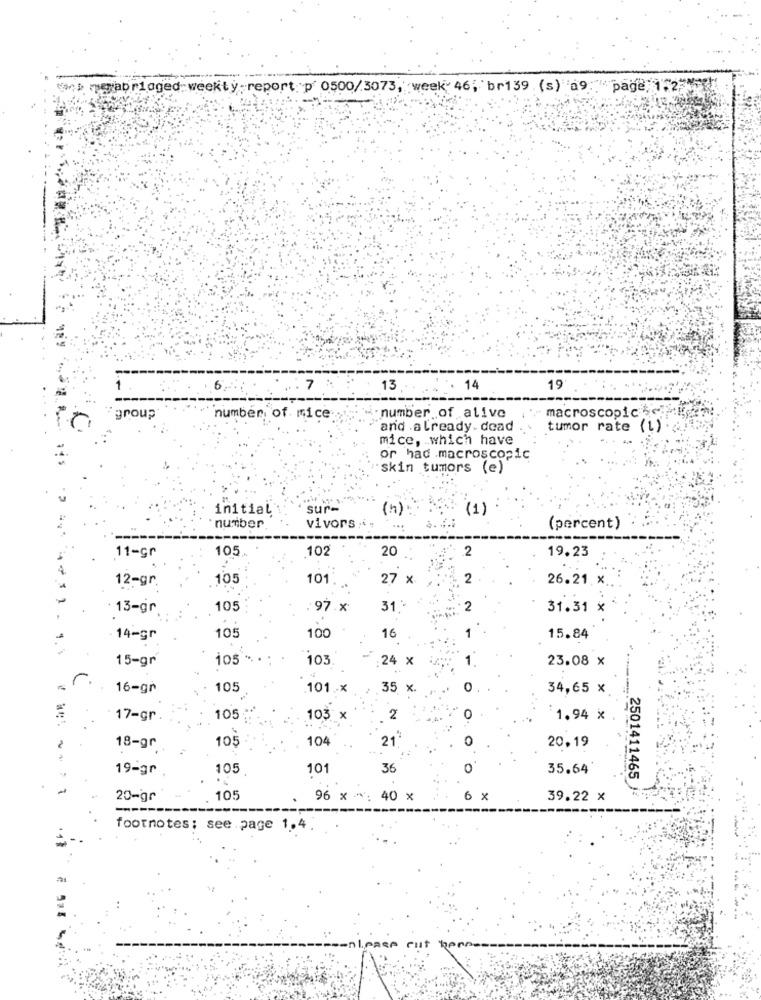
> merabridged weekty- report:"p 0500/3073, week- 46; br139 (s) a9: page 1'2;
6
7
13
14
19
wnumber of alive
macroscopic
group
number of mice
and .already . dead
tumor rate (1)
mice, which have
or had .macroscopic
skin tumors (e)
initial
sur-
(1)
number
vivors .i
(percent)
105.
102
20
2
19.23
11-gr
12-gr
105
101
27 x
2
26.21 x
13-gr
105
97.x
31
2
31.31 X
14-gr
105
100
16
15.84
15-gr
105
103
24 x
-
23.08 x
16-gr
105
101.x
x
O
34,65 x
17-gr
105
103
2
O
1.94 X
105
104
21
18-gr
20,19
..
19-gr
105
101
36
35.64
2501411465
20-gr
105
96 x *: 40 x
6 X
39.22 x
-----
------
footnotes: see page 1.4
-- nlpass cut henne